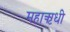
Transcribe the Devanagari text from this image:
महाऋधी